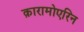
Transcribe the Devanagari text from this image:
क़ारामोएरिन